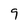
Character: 9